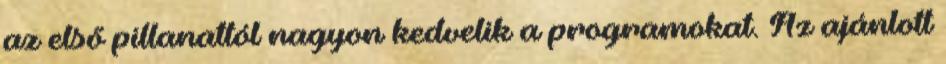
az első pillanattól nagyon kedvelik a programokat. Az ajánlott